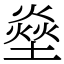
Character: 𤍢